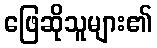
ဖြေဆိုသူများ၏